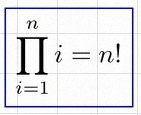
\prod_{i=1}^{n}i=n!